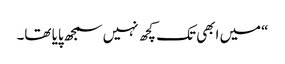
“میں ابھی تک کچھ نہیں سمجھ پایا تھا۔